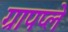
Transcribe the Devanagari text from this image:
ग्रापप्ले